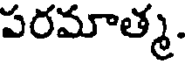
పరమాత్మ.